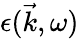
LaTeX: \epsilon(\vec{k},\omega)